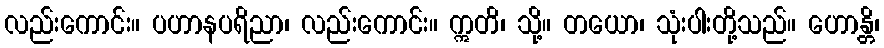
လည်းကောင်း။ ပဟာနပရိညာ၊ လည်းကောင်း။ ဣတိ၊ သို့။ တယော၊ သုံးပါးတို့သည်။ ဟောန္တိ၊